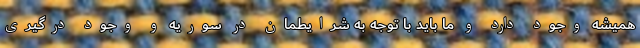
همیشه وجود دارد و ما باید با توجه به شرایطمان در سوریه و وجود درگیری